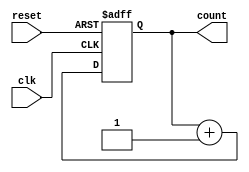
module BinaryUpCounter #(parameter n = 4) (
    input wire clk,          // Clock signal
    input wire reset,        // Asynchronous active-high reset
    output reg [n-1:0] count // n-bit output representing the current count value
);

// Asynchronous reset and synchronous increment logic
always @(posedge clk or posedge reset) begin
    if (reset) begin
        count <= 0;       // Reset count to 0
    end else begin
        count <= count + 1; // Increment count
    end
end

endmodule